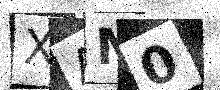
Text: XAM0